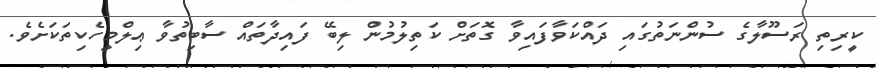
ކީރިތި ރަސޫލާގެ ސުންނަތުގައި ދައްކަވާފައިވާ ގޮތަށް ކަތިލުމުން ލިބޭ ފައިދާތައް ސާބިތުވާ ޢިލްމީހެކިތަކަށެވެ.